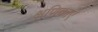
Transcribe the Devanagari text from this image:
क्षणिकाएं